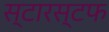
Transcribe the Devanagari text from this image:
स्टारस्टफ